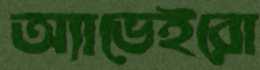
অ্যাভেইরো